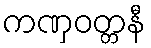
ကဏှဝတ္တနီ